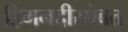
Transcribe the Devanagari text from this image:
हिमनदीसोबत